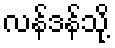
လန်ဒန်သို့